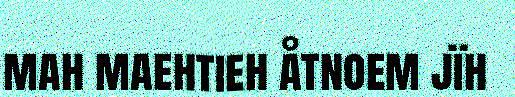
mah maehtieh åtnoem jïh